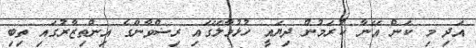
އަދި މި ކަން އޭނާ ކުރަމުން ދިޔައީ ހުޅުމާލޭގައި ރިޟްވާންގެ އިންތިޒާރުގައި ތިބި